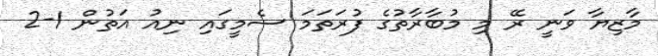
މާޒިޔާ ވަނީ ރޭ މި މުބާރާތުގެ ފުރަތަމަ ސެމީގައި ނިއު އަތުން 1-2